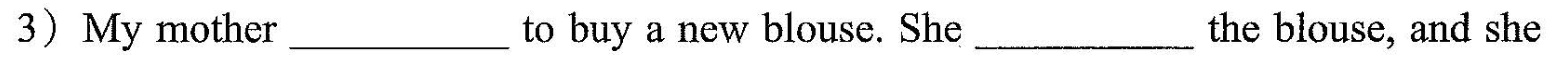
3) My mother ___ to buy a new blouse. She ___ the blouse, and she